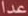
عدا